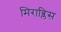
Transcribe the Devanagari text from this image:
मिराब्लिस